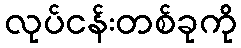
လုပ်ငန်းတစ်ခုကို